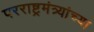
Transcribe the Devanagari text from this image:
परराष्ट्रमंत्र्यांच्या